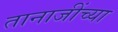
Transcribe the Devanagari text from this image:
तानाजींच्या